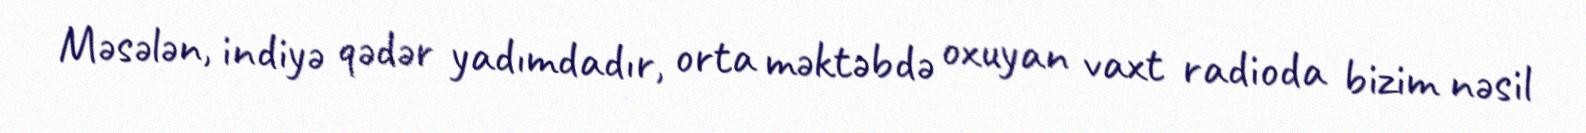
Məsələn, indiyə qədər yadımdadır, orta məktəbdə oxuyan vaxt radioda bizim nəsil